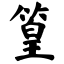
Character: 篁